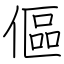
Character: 傴